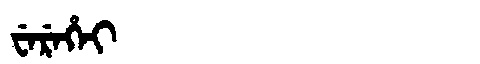
Manchu: ᠸᡝᡵᡝᡥᡝᡳ
Romanization: WEREHEI